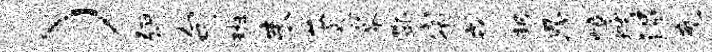
）弭句班耒苓乘蹇酆宿戎邦恩嶂燠涓充